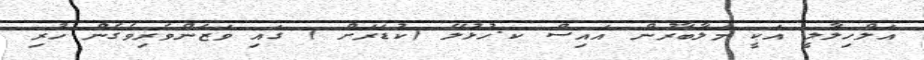
އަލްހިލާލީ އަކީ މަލާބާރުން އައިސް ކ.ހުޅުލޭ (ކުޑަރަށް ) ގައި ވަޒަންވެރިވެގެން ހުރި